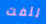
للفت